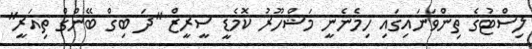
ލިސްޓުގެ ތިންވަނައިގައި ހިމެނެނީ މަޝްހޫރު ކޮމެޑީ ސީރީޒް "ދަ ބިގް ބޭންގް ތިއަރީ"